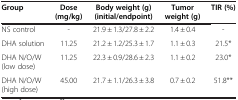
<table><thead><tr><td><b>Group</b></td><td><b>Dose (mg/kg)</b></td><td><b>Body weight (g) (initial/endpoint)</b></td><td><b>Tumor weight (g)</b></td><td><b>TIR (%)</b></td></tr></thead><tbody><tr><td>NS control</td><td>-</td><td>21.9 ± 1.3/27.8 ± 2.2</td><td>1.4 ± 0.4</td><td>-</td></tr><tr><td>DHA solution</td><td>11.25</td><td>21.2 ± 1.2/25.3 ± 1.7</td><td>1.1 ± 0.3</td><td>21.5*</td></tr><tr><td>DHA N/O/W (low dose)</td><td>11.25</td><td>22.3 ± 0.9/28.6 ± 2.3</td><td>1.1 ± 0.2</td><td>23.0*</td></tr><tr><td>DHA N/O/W (high dose)</td><td>45.00</td><td>21.7 ± 1.1/26.3 ± 3.8</td><td>0.7 ± 0.2</td><td>51.8**</td></tr></tbody></table>